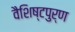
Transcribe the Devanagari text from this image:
वैशिष्टपुर्ण